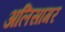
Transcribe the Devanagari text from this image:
अलिसागर